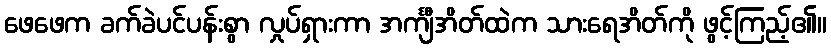
ဖေဖေက ခက်ခဲပင်ပန်းစွာ လှုပ်ရှားကာ အင်္ကျီအိတ်ထဲက သားရေအိတ်ကို ဖွင့်ကြည့်၏။